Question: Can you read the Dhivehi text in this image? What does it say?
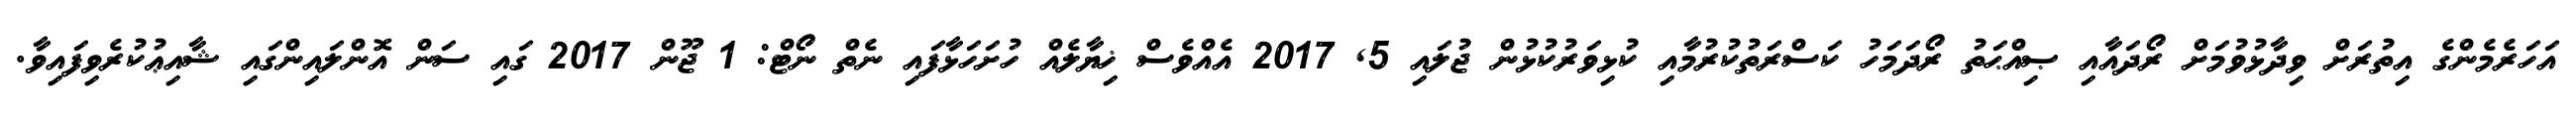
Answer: އަހަރެމެންގެ އިތުރަށް ވިދާޅުވުމަށް ރޯދައާއި ޞިއްޙަތު ރޯދަމަހު ކަސްރަތުކުރުމާއި ކުޅިވަރުކުޅުން ޖުލައި 5, 2017 އެއްވެސް ޚިޔާލެއް ހުށަހަޅާފައި ނެތް ނޯޓް: 1 ޖޫން 2017 ގައި ސަން އޮންލައިންގައި ޝާއިޢުކުރެވިފައިވާ.